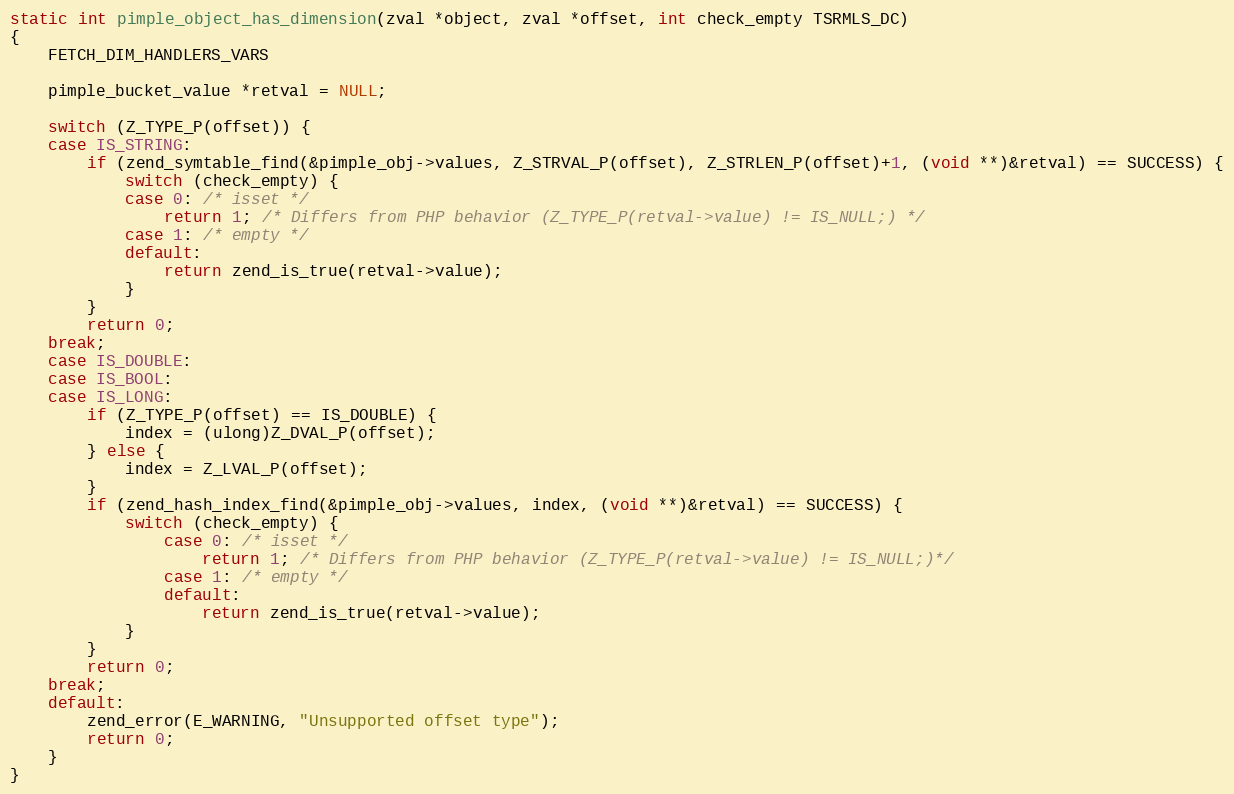
Language: C
static int pimple_object_has_dimension(zval *object, zval *offset, int check_empty TSRMLS_DC)
{
	FETCH_DIM_HANDLERS_VARS

	pimple_bucket_value *retval = NULL;

	switch (Z_TYPE_P(offset)) {
	case IS_STRING:
		if (zend_symtable_find(&pimple_obj->values, Z_STRVAL_P(offset), Z_STRLEN_P(offset)+1, (void **)&retval) == SUCCESS) {
			switch (check_empty) {
			case 0: /* isset */
				return 1; /* Differs from PHP behavior (Z_TYPE_P(retval->value) != IS_NULL;) */
			case 1: /* empty */
			default:
				return zend_is_true(retval->value);
			}
		}
		return 0;
	break;
	case IS_DOUBLE:
	case IS_BOOL:
	case IS_LONG:
		if (Z_TYPE_P(offset) == IS_DOUBLE) {
			index = (ulong)Z_DVAL_P(offset);
		} else {
			index = Z_LVAL_P(offset);
		}
		if (zend_hash_index_find(&pimple_obj->values, index, (void **)&retval) == SUCCESS) {
			switch (check_empty) {
				case 0: /* isset */
					return 1; /* Differs from PHP behavior (Z_TYPE_P(retval->value) != IS_NULL;)*/
				case 1: /* empty */
				default:
					return zend_is_true(retval->value);
			}
		}
		return 0;
	break;
	default:
		zend_error(E_WARNING, "Unsupported offset type");
		return 0;
	}
}